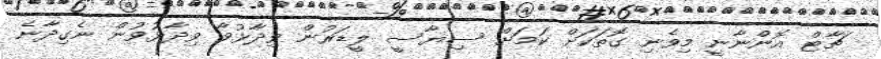
ޗާޓް އޮންނާނީ މިވެނި ގޮތަކަށް ކަމަށް ސިޔާސީ ލީޑަރުން ވިދާޅުވާ ވިދާޅުވުން ނެގިދާނެ